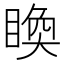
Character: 𥈉